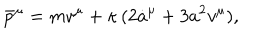
{ \bar { p } } ^ { \mu } = m v ^ { \mu } + \kappa \, ( 2 { \dot { a } } ^ { \mu } + 3 a ^ { 2 } v ^ { \mu } ) ,